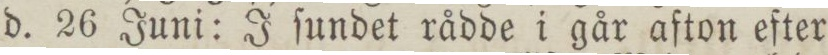
d. 26 Juni: J ſundet rådde i går afton efter